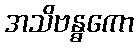
အသိဗန္ဓကော